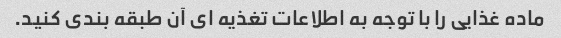
ماده غذایی را با توجه به اطلاعات تغذیه ای آن طبقه بندی کنید.